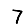
Digit: 7